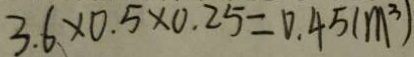
3 . 6 \times 0 . 5 \times 0 . 2 5 = 0 . 4 5 ( m ^ { 3 } )